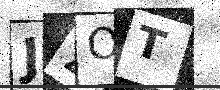
Text: J2OT